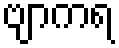
ဗျာကရ